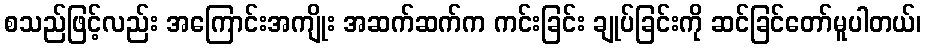
စသည်ဖြင့်လည်း အကြောင်းအကျိုး အဆက်ဆက်က ကင်းခြင်း ချုပ်ခြင်းကို ဆင်ခြင်တော်မူပါတယ်၊